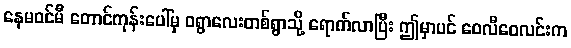
နေမဝင်မီ တောင်ကုန်းပေါ်မှ ဝရွာလေးတစ်ရွာသို့ ရောက်လာပြီး ဤမှာပင် ဝေလီဝေလင်းက